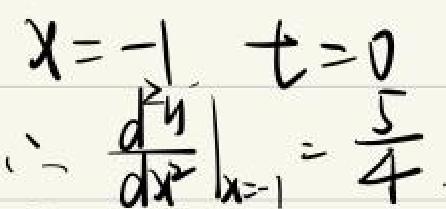
\[
x=-1,\quad t=0,\quad\left.\frac{\mathrm{d}y}{\mathrm{d}x}\right|_{x=-1}=-\frac{1}{4}
\]